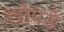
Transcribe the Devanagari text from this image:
खोपडे